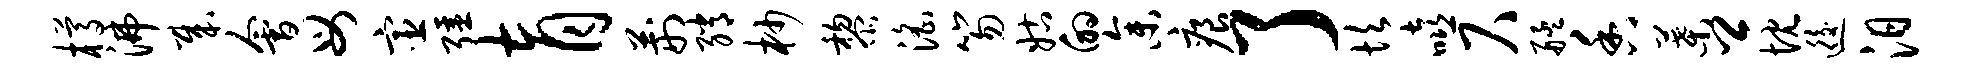
樽沸哉会母宦强育荆绡杪黎淫笏姑的参痕了坎嘻尺艋香叶卿忱逅汨